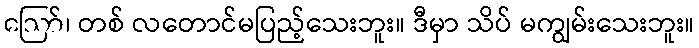
ဪ၊ တစ် လတောင်မပြည့်သေးဘူး။ ဒီမှာ သိပ် မကျွမ်းသေးဘူး။